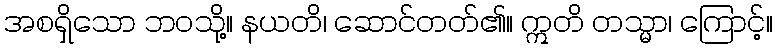
အစရှိသော ဘဝသို့။ နယတိ၊ ဆောင်တတ်၏။ ဣတိ တသ္မာ၊ ကြောင့်။